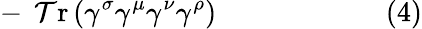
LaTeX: -\ \operatorname{\mathcal{T}r}\left(\gamma^{\sigma}\gamma^{\mu}\gamma^{\nu}\gamma^{\rho}\right)\quad\quad\quad\quad\quad\quad(4)